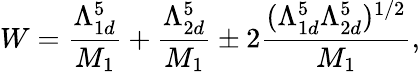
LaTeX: W=\frac{\Lambda_{1d}^{5}}{M_{1}}+\frac{\Lambda_{2d}^{5}}{M_{1}}\pm 2\frac{(\Lambda_{1d}^{5}\Lambda_{2d}^{5})^{1/2}}{M_{1}},